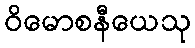
ဝိမောစနီယေသု